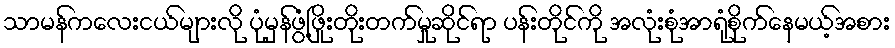
သာမန်ကလေးငယ်များလို ပုံမှန်ဖွံ့ဖြိုးတိုးတက်မှုဆိုင်ရာ ပန်းတိုင်ကို အလုံးစုံအာရုံစိုက်နေမယ့်အစား